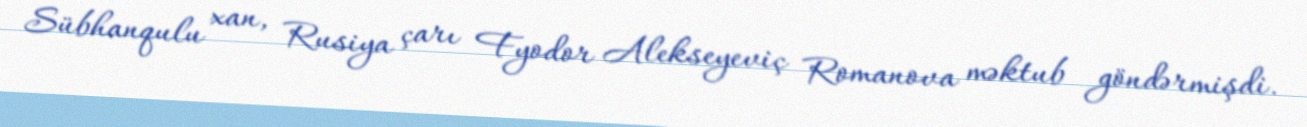
Sübhanqulu xan, Rusiya çarı Fyodor Alekseyeviç Romanova məktub göndərmişdi.